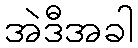
အဲဒီအခါ